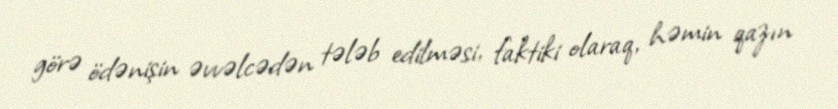
görə ödənişin əvvəlcədən tələb edilməsi, faktiki olaraq, həmin qazın